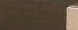
إصطدمت